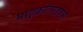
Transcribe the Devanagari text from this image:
माइक्रोलाइडस